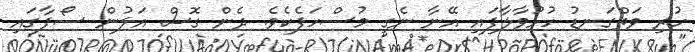
ހުރި ވަތްގަނޑު ހުޅުވާލާފައި އޭނާ ނެގީ މުސްހަފެކެވެ. ދެން ގޮސް އަލުން ސޯފާގައި